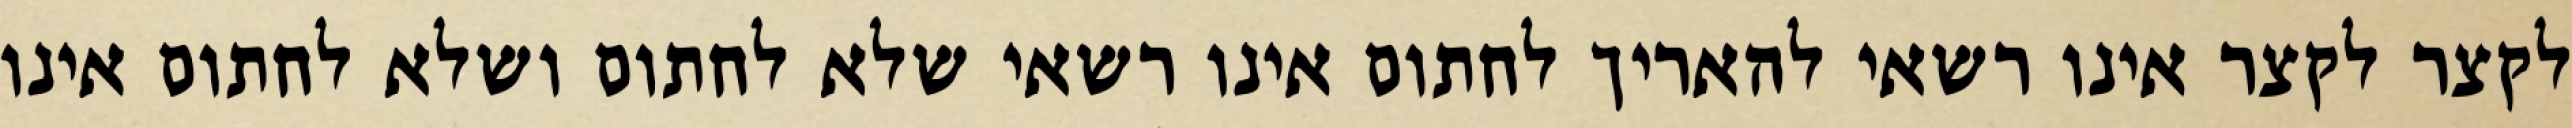
לקצר לקצר אינו רשאי להאריך לחתום אינו רשאי שלא לחתום ושלא לחתום אינו